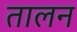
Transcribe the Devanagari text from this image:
तालन